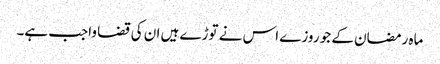
ماہ رمضان کے جو روزے اس نے توڑے ہیں ان کی قضا واجب ہے۔